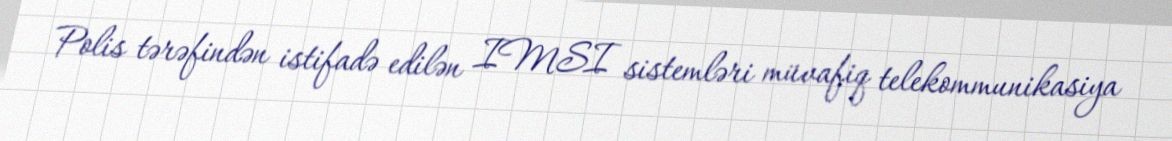
Polis tərəfindən istifadə edilən IMSI sistemləri müvafiq telekommunikasiya